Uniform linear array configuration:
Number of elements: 16
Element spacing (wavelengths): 0.75
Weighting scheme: exponential
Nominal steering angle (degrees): -15
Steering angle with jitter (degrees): -14.286
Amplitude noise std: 0.05
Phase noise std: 0.05

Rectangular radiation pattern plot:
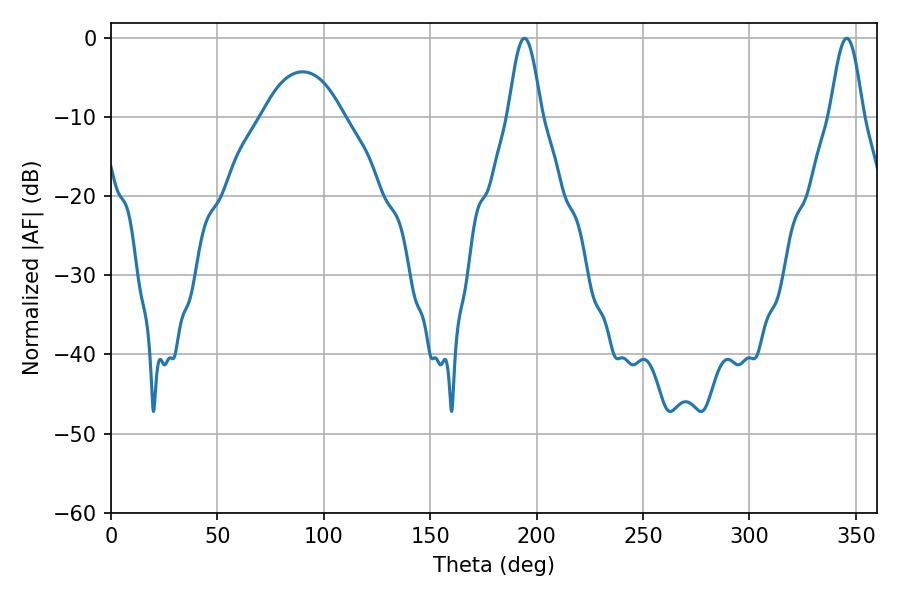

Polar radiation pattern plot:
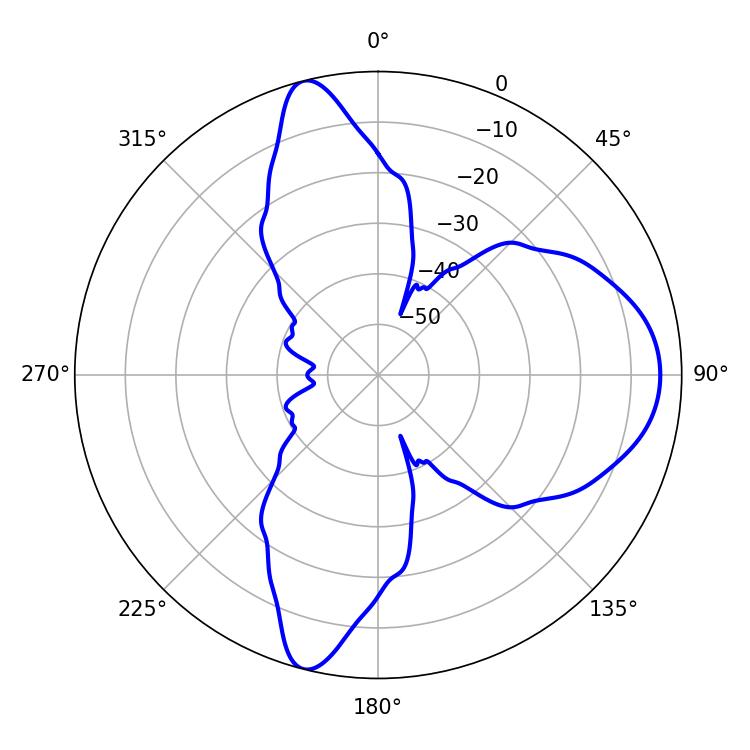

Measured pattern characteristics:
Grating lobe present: TRUE
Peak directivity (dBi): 12.167
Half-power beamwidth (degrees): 8.46
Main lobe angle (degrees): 194.22